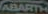
ABARTH